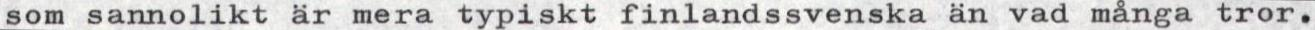
som sannolikt är mera typiskt finlandssvenska än vad många tror.